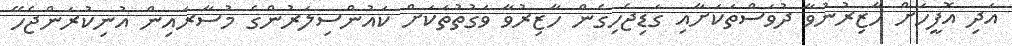
އަދި އޮފީހަށް ހާޒިރުނުވާ ދުވަސްތަކަށާއި ގަޑިޖެހިގެން ހާޒިރުވާ ވަގުތުތަކަށް ކައުންސިލަރުންގެ މުސާރައިން އުނިކުރަންޖެހޭ